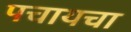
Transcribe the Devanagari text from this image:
पचायचा